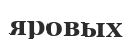
яровых